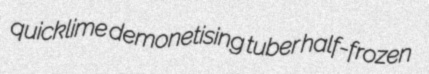
quicklime demonetising tuber half-frozen